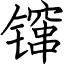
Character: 镩